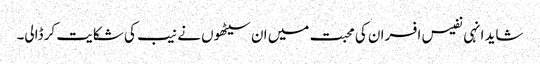
شاید انہی نفیس افسران کی محبت میں ان سیٹھوں نے نیب کی شکایت کر ڈالی۔